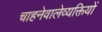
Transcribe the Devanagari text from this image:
चाहनेवालेव्यक्तियों